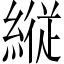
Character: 縦